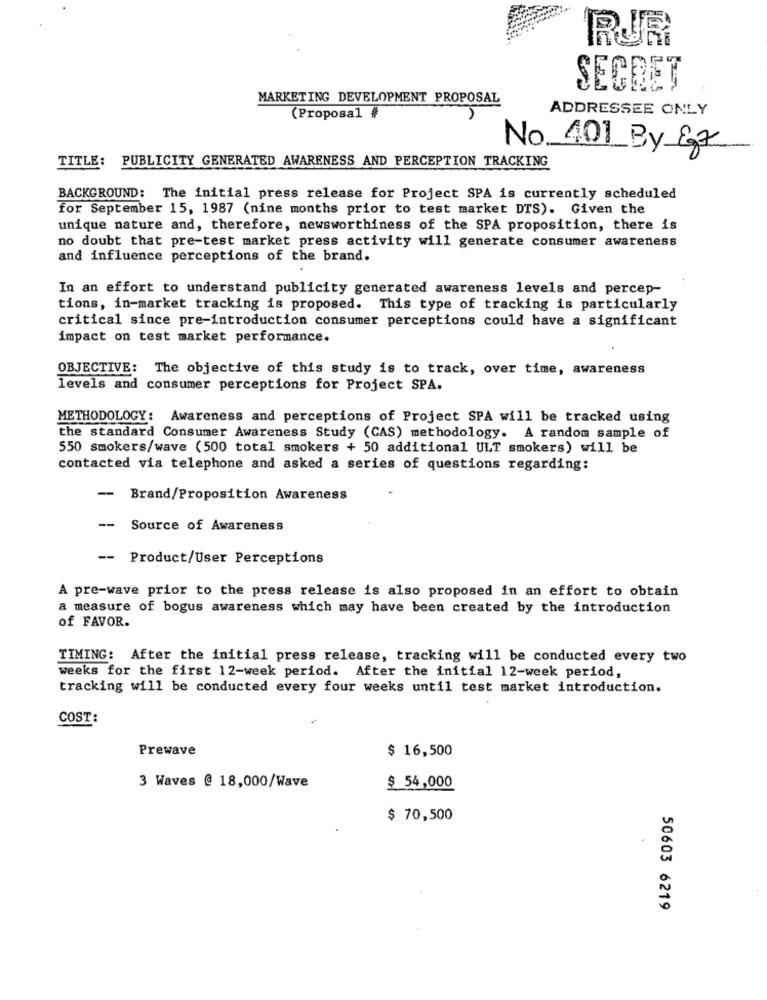
RUR
SECRET
MARKETING DEVELOPMENT PROPOSAL
ADDRESSEE ONLY
(Proposal #
No 401 By 87
TITLE:
PUBLICITY GENERATED AWARENESS AND PERCEPTION TRACKING
BACKGROUND: The initial press release for Project SPA is currently scheduled
for September 15, 1987 (nine months prior to test market DTS). Given the
unique nature and, therefore, newsworthiness of the SPA proposition, there is
no doubt that pre-test market press activity will generate consumer awareness
and influence perceptions of the brand.
In an effort to understand publicity generated awareness levels and percep-
tions, in-market tracking is proposed. This type of tracking is particularly
critical since pre-introduction consumer perceptions could have a significant
impact on test market performance.
OBJECTIVE: The objective of this study is to track, over time, awareness
levels and consumer perceptions for Project SPA.
METHODOLOGY: Awareness and perceptions of Project SPA will be tracked using
the standard Consumer Awareness Study (CAS) methodology. A random sample of
550 smokers/wave (500 total smokers + 50 additional ULT smokers) will be
contacted via telephone and asked a series of questions regarding:
-- Brand/Proposition Awareness
--
Source of Awareness
-- Product/User Perceptions
A pre-wave prior to the press release is also proposed in an effort to obtain
a measure of bogus awareness which may have been created by the introduction
of FAVOR.
TIMING: After the initial press release, tracking will be conducted every two
weeks for the first 12-week period. After the initial 12-week period,
tracking will be conducted every four weeks until test market introduction.
COST:
Prewave
$ 16,500
3 Waves @ 18,000/Wave
$ 54,000
$ 70,500
50603 6219